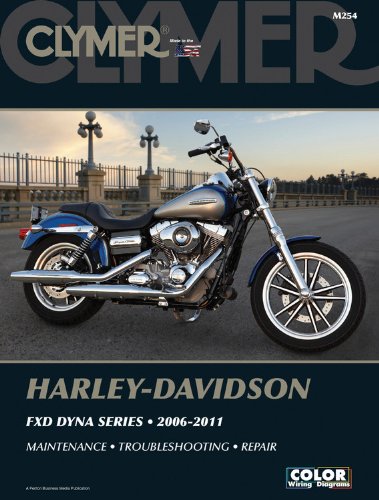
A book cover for Harley-Davidson FXD Dyna Series 2006-2011 (Clymer Motorcycle Repair); Penton Staff; Engineering & Transportation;